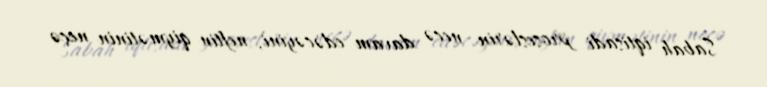
Sabah iqtisadi proseslərin necə davam edəcəyini, neftin qiymətinin neçə